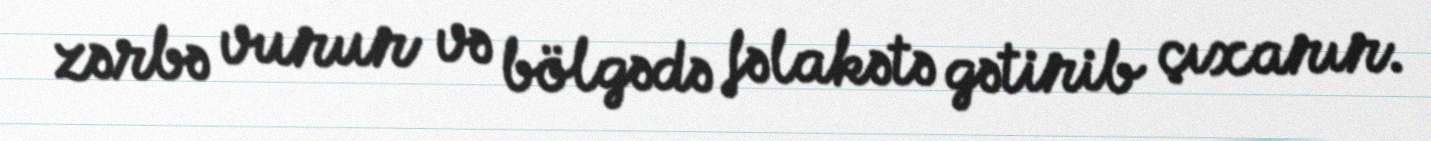
zərbə vurur və bölgədə fəlakətə gətirib çıxarır.